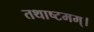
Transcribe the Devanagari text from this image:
तथाष्टमम्।